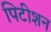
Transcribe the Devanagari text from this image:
पिटीशन